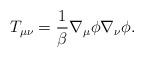
LaTeX: \begin{align*}T_{\mu\nu}=\frac{1}{\beta}\nabla_{\mu}\phi\nabla_{\nu}\phi .\end{align*}